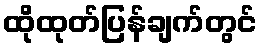
ထိုထုတ်ပြန်ချက်တွင်